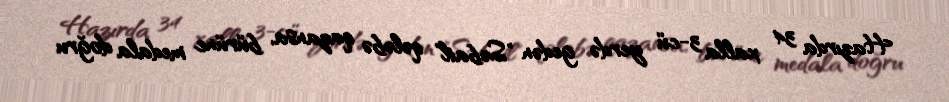
Hazırda 34 xalla 3-cü yerdə gedən "Səbail" qələbə qazansa, bürünc medala doğru